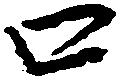
口